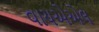
વાયએએલ